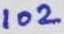
Text: 102